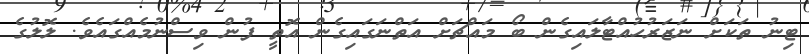
ޓިނު ތަކަށް ނަޒަރުހުއްޓާލައިގެން ބޯ މައްޗަށް އަތްނަގައިގެން އޮތީ ފުން ވިސްނުމެއްގައެވެ. ލޮލުގެ